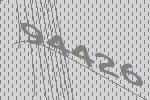
94426